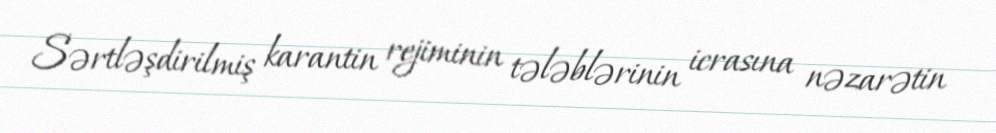
Sərtləşdirilmiş karantin rejiminin tələblərinin icrasına nəzarətin